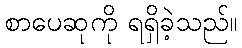
စာပေဆုကို ရရှိခဲ့သည်။